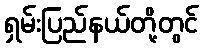
ရှမ်းပြည်နယ်တို့တွင်